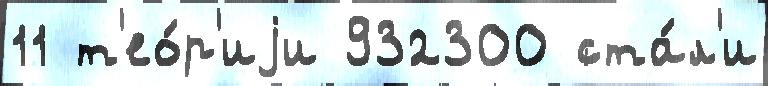
11 т'ео́р'иjи 932300 ста́л'и